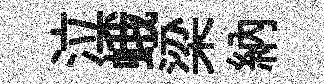
泣蛾梁納